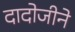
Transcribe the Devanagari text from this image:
दादोजीने